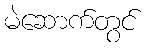
မဲဆောက်တွင်